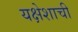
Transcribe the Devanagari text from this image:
यक्षेशाची